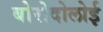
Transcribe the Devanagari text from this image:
बोरोदोलोई